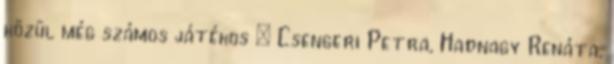
közül még számos játékos – Csengeri Petra, Hadnagy Renáta,